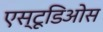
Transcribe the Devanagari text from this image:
एस्टूडिओस